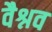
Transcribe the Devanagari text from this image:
वैश्नव